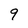
Character: 9